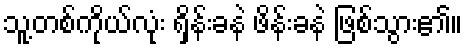
သူ့တစ်ကိုယ်လုံး ရှိန်းခနဲ ဖိန်းခနဲ ဖြစ်သွား၏။